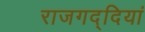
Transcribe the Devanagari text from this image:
राजगद्दियां